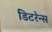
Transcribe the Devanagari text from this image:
डिटरेन्स